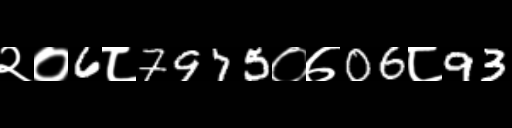
Text: २०6८7975०७06८93